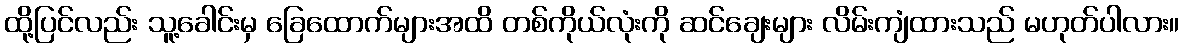
ထို့ပြင်လည်း သူ့ခေါင်းမှ ခြေထောက်များအထိ တစ်ကိုယ်လုံးကို ဆင်ချေးများ လိမ်းကျံထားသည် မဟုတ်ပါလား။